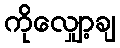
ကိုလျှော့ချ